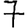
Digit: 7